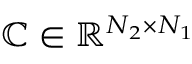
\mathbb { C } \in \mathbb { R } ^ { N _ { 2 } \times N _ { 1 } }